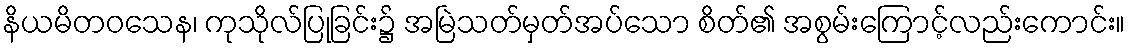
နိယမိတဝသေန၊ ကုသိုလ်ပြုခြင်း၌ အမြဲသတ်မှတ်အပ်သော စိတ်၏ အစွမ်းကြောင့်လည်းကောင်း။